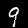
Label: 9